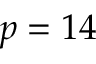
p = 1 4